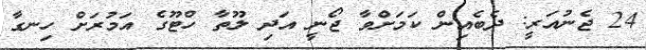
24 ޖެނުއަރީ: ދެބެއިން ކަމަށްވާ ޖޯނީ އަދި ލޫތާ ހްޓޫގެ އަމުރަށް ހިނގާ